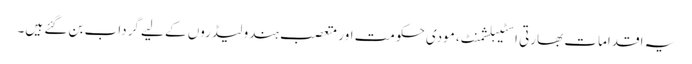
یہ اقدامات بھارتی اسٹیبلشمنٹ، مودی حکومت اور متعصب ہندو لیڈروں کے لیے گرداب بن گئے ہیں۔